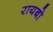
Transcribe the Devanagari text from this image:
रायबो